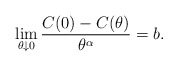
\begin{align*} \lim_{\theta \downarrow 0} \frac{C(0) - C(\theta)}{\theta^\alpha} = b.\end{align*}